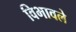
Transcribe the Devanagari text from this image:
विभावले